Lunatic asylums Punjab 1911-1921 - 1911-1921
Year: 1911
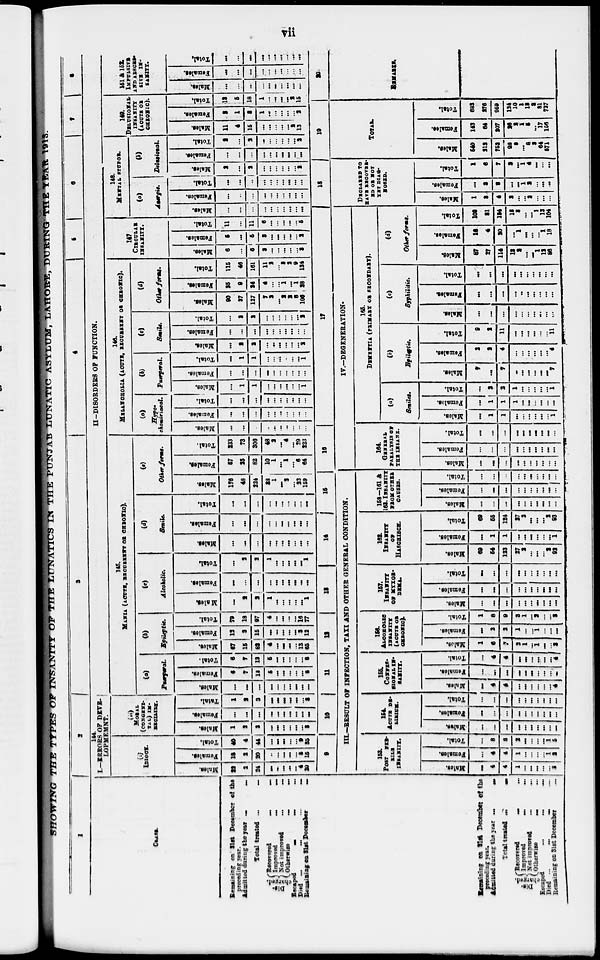
vii
SHOWING THE TYPES OF INSANITY OF THE LUNATICS IN THE PUNJAB LUNATIC ASYLUM, LAHORE, DURING THE YEAR 1913.
1
CLASS.
Remaining on 31st December of the
preceding year.
Admitted during the year
...
...
Total treated ...
...
Dis-
charged.
Recovered
...
...
Improved
...
...
Not improved
...
...
Otherwise ... ...
Escaped ... ... ...
Died ... ... ... ...
Remaining on 31st December ...
2
144.
I.—ERRORS OF DEVE-
LOPMEMNT.
(i)
IDIOCY.
Males.
22
2
24
...
...
...
...
...
4
20
Females.
18
2
20
...
...
...
...
...
5
15
Total.
40
4
44
...
...
...
...
...
9
35
(ii)
MORAL
(CONGENI-
TAL) IM-
BECILITY.
Males.
1
2
3
...
...
...
...
...
...
3
Females.
...
...
...
...
...
...
...
...
...
...
Total.
1
2
3
...
...
...
... ...
...
3
3
4
5
6
7 8
II-DISORDERS OF FUNCTION.
145.
MANIA (ACUTE, RECURRENT OR CHRONIC).
(a)
Puerperal.
Males.
...
...
...
...
...
...
...
...
...
...
Females.
6
7
13
5
...
...
...
...
...
8
Total.
6
7
13
5
...
...
...
...
...
8
(b)
Epileptic.
Males.
67
15
82
4
...
...
...
...
13
65
Females.
12
3
15
...
...
...
...
...
3
12
Total.
79
18
97
4
...
...
...
...
16
77
(c)
Alcoholic.
Males.
...
2
2
1
...
...
...
...
...
1
Females.
...
...
...
...
...
...
...
...
...
...
Total.
...
2
2
1
...
...
...
...
...
1
(d)
Senile.
Males.
...
...
...
...
...
...
...
...
...
...
Females.
...
...
...
...
...
...
...
...
...
...
Total.
...
...
...
...
...
...
...
...
...
...
(e)
Other forms.
Males.
176
48
224
38
1
...
3
...
23
159
Females.
57
25
82
10
1
...
1
...
6
64
Total.
233
73
306
48
2
...
4
...
29
223
146.
MELANCHOLIA (ACUTE, RECURRENT OR CHRONIC).
(a)
Hypo-
chondriacal.
Males.
...
...
...
...
...
...
...
...
...
...
Females.
...
...
...
...
...
...
...
...
...
...
Total.
...
...
...
...
...
...
...
...
...
...
(b)
Puerperal.
Males.
...
1
1
...
...
...
...
...
...
1
Females.
...
...
...
...
...
...
...
...
...
...
Total.
...
1
1
...
...
...
...
...
...
1
(c)
Senile.
Males.
...
2
2
...
...
...
...
...
...
2
Females.
...
...
...
...
...
...
...
...
...
...
Total.
...
2
2
...
...
...
...
...
...
2
(d)
Other forms.
Males.
90
37
127
7
2
...
2
2
8
106
Females.
25
9
34
4
...
...
1
...
1
28
Total.
115
46
161
11
2
...
3
2
9
134
147
CIRCULAR
INSANITY.
Males.
6
...
6
3
...
...
...
...
...
3
Females.
5
...
5
3
...
...
...
...
...
2
Total.
11
...
11
6
...
...
...
...
...
5
148.
MENTAL STUPOR.
(a)
Asergic.
Males.
...
...
...
...
...
...
...
...
...
...
Females.
...
...
...
...
...
...
...
...
...
...
Total.
...
...
...
...
...
...
...
...
...
...
(b)
Delusional.
Males.
2
...
2
...
...
...
...
...
...
2
Females.
...
...
...
...
...
...
...
...
...
...
Total.
2
...
2
...
...
...
...
...
...
2
148.
DELUSIONAL
INSANITY
(ACUTE OR
CHRONIC).
Males.
11
4
15
...
...
...
...
...
2
13
Females.
2
1
3
1
...
...
...
...
...
2
Total.
13
5
18
1
...
...
...
...
2
15
151 & 152.
IMPULSIVE
AND ABSCES-
SIVE
IN-
SANITY.
Males.
...
...
...
...
...
...
...
...
...
...
Females.
...
...
...
...
...
...
...
...
...
...
Total.
...
...
...
...
...
...
...
...
...
...
Remaining on 31st December of the
preceding year.
Admitted during the year
...
...
Total treated ... ...
Dis-
charged.
Recovered
...
...
Improved ... ...
Not improved ... ...
Otherwise ... ...
Escaped ... ... ...
Died ... ... ... ...
Remaining on 31st December ...
9
10
11
12
13
14 15
III.-RESULT OF INFECTION, TAXI AND OTHER GENERAL CONDITION.
153.
POST
FEB-
EILE
INSANITY.
Mates.
...
4
4
1
...
...
...
...
...
3
Females.
...
4
4
1
...
...
...
...
1
2
Total.
...
8
8
2
...
...
...
...
1
5
154.
ACUTE DE-
LIRIUM.
Males.
...
...
...
...
...
...
...
...
...
...
Females.
...
...
...
...
...
...
...
...
...
...
Total.
...
...
...
...
...
...
...
...
...
...
155.
CONFES-
SIONAL IN-
SANITY.
Males.
...
4
4
...
...
...
...
...
...
4
Females.
...
...
...
...
...
...
...
...
...
...
Total.
...
4
4
...
...
...
...
...
...
4
156.
ALCOHOLIC
INSANITY
(ACUTE OR
CHRONIC).
Males.
1
6
7
2
1
...
1
...
...
3
Females.
...
2
2
1
...
...
1
...
...
...
Total.
1
8
9
3
1
...
2
...
...
3
157.
INSANITY
OF MYXOE-
DEMA.
Males.
...
...
...
...
...
...
...
...
...
...
Females.
...
...
...
...
...
...
...
...
...
...
Total.
...
...
...
...
...
...
...
...
...
...
162.
INSANITY
OF
HASCHISCH.
Males.
69
54
123
27
2
...
...
...
2
92
Females.
...
1
1
...
...
...
...
...
...
1
Total.
69
55
124
27
2
...
...
...
2
93
158-161 &
163. INSANITY
FROM OTHER
CAUSES.
Males.
...
...
...
...
...
...
...
...
...
...
Females.
...
...
...
...
...
...
...
...
...
...
Total.
...
...
...
...
...
...
...
...
...
...
16
17
IV.—DEGENERATION-
164.
GENERAL
PARALYSIS OF
THE INSANE.
Males.
...
...
...
...
...
...
...
...
...
...
Females.
...
...
...
...
...
...
...
...
...
...
Total.
...
...
...
...
...
...
...
...
...
...
166.
DEMENTIA (PRIMARY OF SECONDARY).
(a)
Seniles.
Males.
...
1
1
...
...
...
...
...
...
1
Females.
...
1
1
1
...
...
...
...
...
...
Total.
...
2
2
1
...
...
...
...
...
1
(b)
Epileptic.
Males.
7
...
7
...
...
...
...
...
...
7
Females.
2
2
4
...
...
...
...
...
...
4
Total.
9
2
11
...
...
...
...
...
...
11
(c)
Syphilitic.
Males.
...
...
...
...
...
...
...
...
...
...
Females.
...
...
...
...
...
...
...
...
...
...
Total
...
...
...
...
...
...
...
...
...
...
(d)
Other forms.
Males.
87
27
114
13
2
...
...
1
12
86
Females.
16
4
20
...
1
...
...
...
1
18
Total.
103
31
134
13
3
...
...
1
13
104
18
DECLARED TO
HAVE RECOVER-
ED OR NOT
YET DIAG-
NOSED.
Males.
1
3
4
3
...
...
2
...
...
...
Females.
...
3
3
...
...
...
2
...
...
...
Total.
1
6
7
3
...
...
4
...
...
...
19
TOTAL.
Males.
540
212
752
98
8
...
8
3
64
571
Females.
143
64
207
26
2
1 5
...
17
156
Total.
683
276
959
124
10
1
13
3
81
727
20
REMARKS.